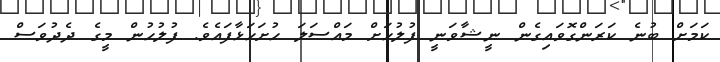
ކަމަށް ބުނެ ކަރަންގޮވައިގެން ނީޝާވަނީ ފުލުހަށް މައްސަލަ ހުށަހަޅާފައެވެ. ފުލުހުން މީގެ ދެދުވަސް